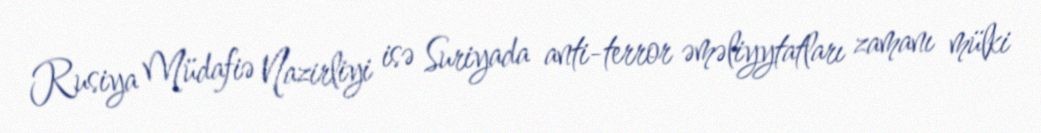
Rusiya Müdafiə Nazirliyi isə Suriyada anti-terror əməliyytatları zamanı mülki